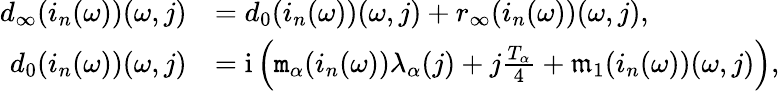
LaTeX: \begin{array}{rl}{d_{\infty}(i_{n}(\omega))(\omega,j)}&{=d_{0}(i_{n}(\omega))(\omega,j)+r_{\infty}(i_{n}(\omega))(\omega,j),}\\ {d_{0}(i_{n}(\omega))(\omega,j)}&{=\mathrm{i}\left(\mathtt{m}_{\alpha}(i_{n}(\omega))\lambda_{\alpha}(j)+j\frac{T_{\alpha}}4+\mathfrak{m}_{1}(i_{n}(\omega))(\omega,j)\right),}\end{array}